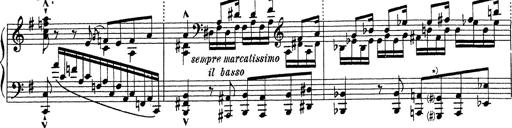
Title: Grosses Konzertsolo
Composer: Franz Liszt